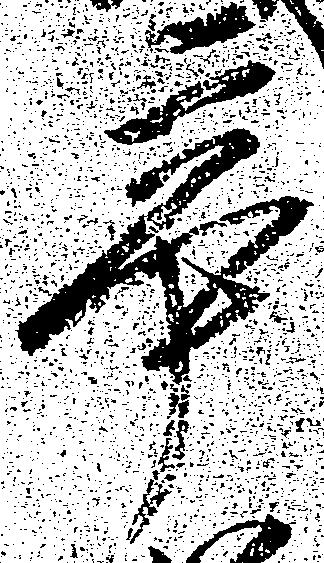
辛